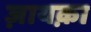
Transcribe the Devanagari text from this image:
ज़ायक़ा